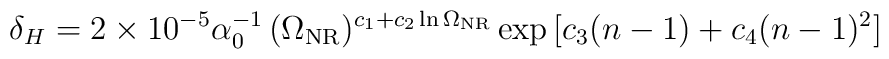
\delta_H =2 \times 10^{-5}\alpha_0^{-1}\,(\Omega_{\rm NR})^{c_1 + c_2\ln\Omega_{\rm NR}}\exp{[c_3(n-1) + c_4(n-1)^2]}